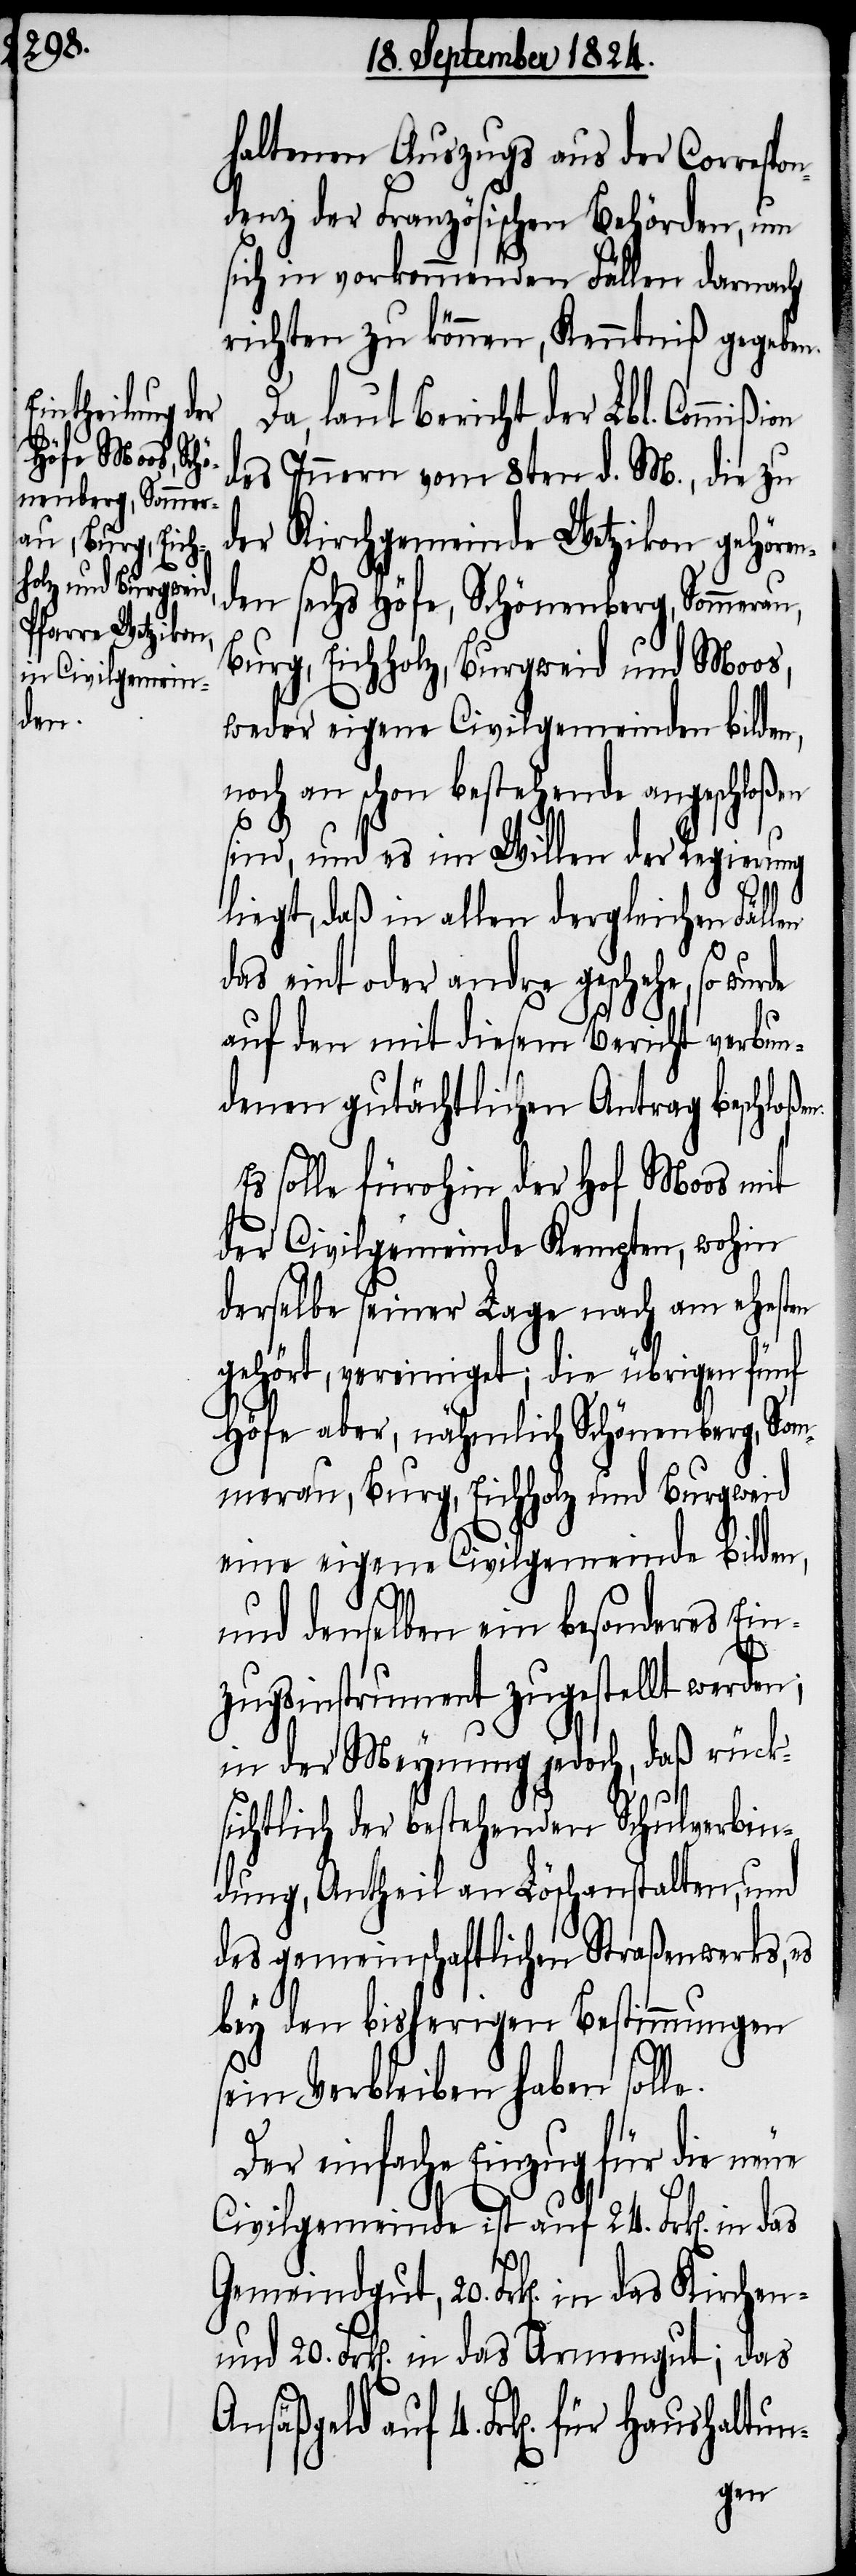
hen- und 20.
den,

haltenen Auszugs aus der Correspon¬
denz der Französischen Behörden, um
sich in vorkommmenden Fällen darnach
richten zu können, Kenntniß gegeben.
Da laut Bericht der Lbl. Commißi¬
des Innern vom 8ten d. M., die zu
der Kirchgemeinde Wetzikon gehöre¬
den sechs Höfe, Schönenberg, Sommerau,
Burg, Eichholz, Burgweid und Moos,
weder eigene Civilgemeinden bilden,
noch an schon bestehende angeschloßen
sind, und es im Willen der Regierung
das
das
liegt, daß in allen dergleichen Fällen
das eint oder andre geschehe, so wurde
auf den mit diesem Bericht verbun¬
denen gutächtlichen Antrag beschloß¬
Es solle fürohin der Hof Moos mit
der Civilgemeinde Kempten, wohin
derselbe seiner Lage nach am ehesten
gehört, vereiniget; die übrigen fünf
Höfe aber, nähmlich Schönenberg, Som¬
merau, Burg, Eichholz und Burgweid
eine eigene Civilgemeinde bil¬
und denselben ein besonderes Ein¬
zugsinstrument zugestellt werden;
in der Meynung jedoch, daß rücks¬
ichtlich der bestehenden Schulverbin¬
dung, Antheil an Löschanstalten, und
des gemeinschaftlichen Straßenwerks, es
bey den bisherigen Bestimmungen
sein Verbleiben haben sol¬
Der einfache Einzug für die neue
Civilgemeinde ist auf 24. Frk[en].
auf 4. Frk[en]. für Haushaltun-